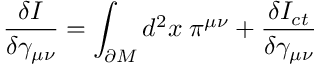
\frac { \delta I } { \delta \gamma _ { \mu \nu } } = \int _ { \partial M } d ^ { 2 } x \; \pi ^ { \mu \nu } + \frac { \delta I _ { c t } } { \delta \gamma _ { \mu \nu } }